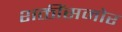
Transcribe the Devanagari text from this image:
शक्तींसमोर